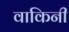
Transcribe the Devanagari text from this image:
वाकिनी